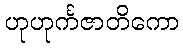
ဟုဟုင်္ကဇာတိကော